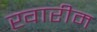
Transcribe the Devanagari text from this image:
खारीम